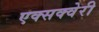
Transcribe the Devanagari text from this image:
एक्सक्वेरी